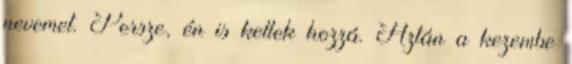
nevemet. Persze, én is kellek hozzá. Aztán a kezembe